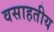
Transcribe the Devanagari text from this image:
वसाहतीय